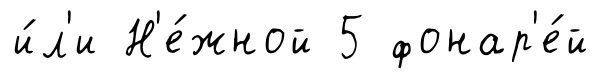
и́л'и Н'е́жной 5 фонар'е́й